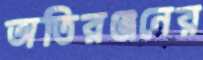
অতিরঞ্জনের